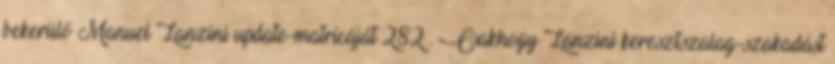
bekerülő Manuel Lanzini update-matricáját 282 . Csakhogy Lanzini keresztszalag-szakadást